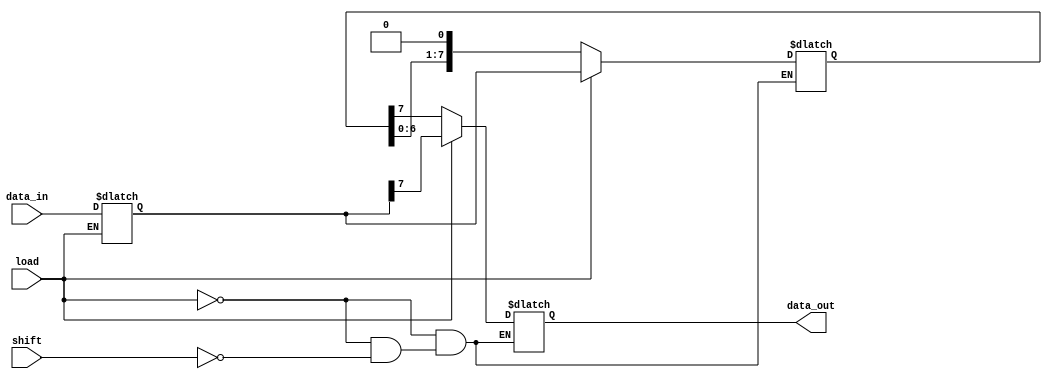
module PISO_Register #(
    parameter N = 8  // Width of the register
)(
    input wire [N-1:0] data_in,  // Parallel input data bus
    input wire load,              // Active-high control signal to load the input data
    input wire shift,             // Active-high control signal to shift the data out serially
    output reg data_out           // Serial output for the shifted data
);

    reg [N-1:0] shift_reg;        // Shift register to hold the data
    reg [N-1:0] parallel_latch;   // Latch to hold the parallel input data

    always @* begin
        // Load data into the parallel latch when load signal is high
        if (load) begin
            parallel_latch = data_in;
        end
    end

    always @(load or shift) begin
        if (load) begin
            // Load the data into the shift register
            shift_reg = parallel_latch;
            data_out = shift_reg[N-1]; // Output the MSB initially
        end else if (shift) begin
            // Shift the data out serially
            data_out = shift_reg[N-1]; // Output the MSB
            shift_reg = {shift_reg[N-2:0], 1'b0}; // Shift left
        end
    end

endmodule